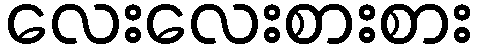
လေးလေးစားစား